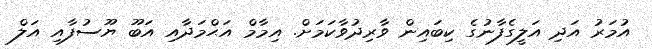
އުމަރު އަދި އަލީގެފާނުގެ ކިބައިން ވާރިދުވާކަމަށް. އިމާމް އަޙްމަދާއި އަބޫ ޔޫސުފާއި އަލް